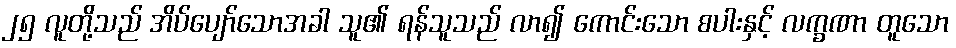
၂၅ လူတို့သည် အိပ်ပျော်သောအခါ သူ၏ ရန်သူသည် လာ၍ ကောင်းသော စပါးနှင့် လက္ခဏာ တူသော